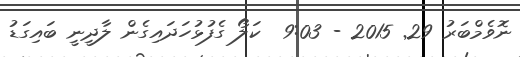
ނޮވެމްބަރު 29